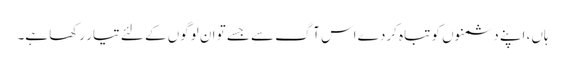
ہاں، اپنے دشمنوں کو تباہ کردے اس آگ سے جسے تو ان لوگوں کے لئے تیار رکھا ہے۔